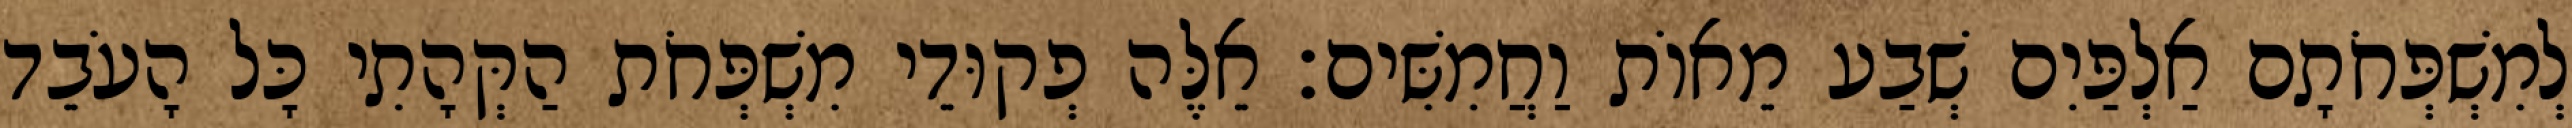
לְמִשְׁפְּחֹתָם אַלְפַּיִם שְׁבַע מֵאוֹת וַחֲמִשִּׁים׃ אֵלֶּה פְקוּדֵי מִשְׁפְּחֹת הַקְּהָתִי כָּל הָעֹבֵד